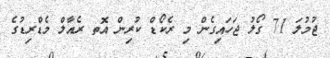
ޖުމުލަ 71 ގޯލު ޖަހައިގެން މި ރެކޯޑް ކުރިން އޮތ ރެއާލް މެޑްރިޑުގެ